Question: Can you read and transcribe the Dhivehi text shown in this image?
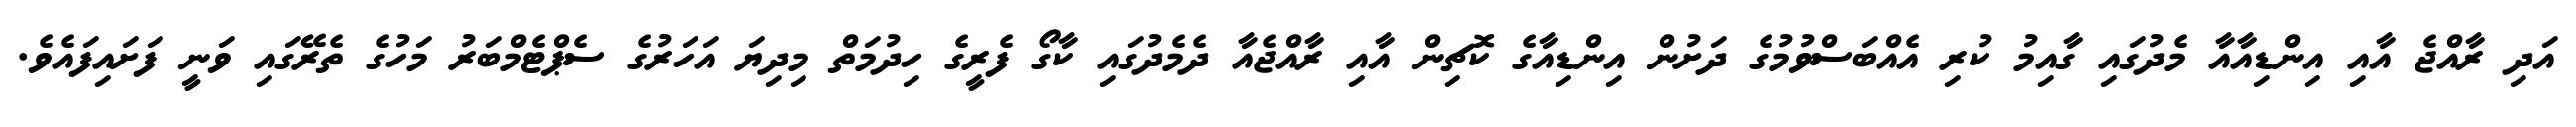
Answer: އަދި ރާއްޖެ އާއި އިންޑިއާއާ މެދުގައި ގާއިމު ކުރި އެއްބަސްވުމުގެ ދަށުން އިންޑިއާގެ ކޮޗިން އާއި ރާއްޖެއާ ދެމެދުގައި ކާގޯ ފެރީގެ ހިދުމަތް މިދިޔަ އަހަރުގެ ސެޕްޓެމްބަރު މަހުގެ ތެރޭގައި ވަނީ ފަށައިފައެވެ.